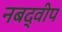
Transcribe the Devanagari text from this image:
नबद्वीप